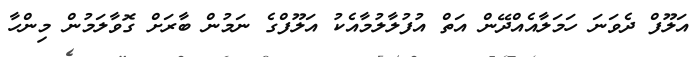
އަލޫފް ދެވަނަ ހަމަލާއެއްދޭން އަތް އުފުލާލުމާއެކު އަލޫފްގެ ނަމުން ބާރަށް ގޮވާލަމުން މިންހާ